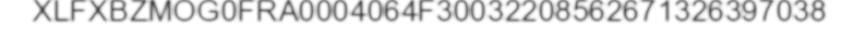
XLFXBZMOG0FRA0004064F30032208562671326397038